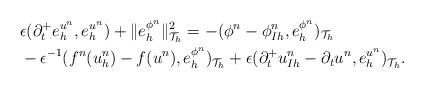
LaTeX: \begin{align*} &\epsilon (\partial_{t}^+e_h^{u^n},e_h^{u^n})+\|e_h^{\phi^n}\|^2_{\mathcal{T}_h}=-(\phi^n - \phi_{Ih}^n,e_h^{\phi^n})_{\mathcal{T}_h} \\&-\epsilon^{-1}(f^n(u_h^n)-f(u^n),e_h^{\phi^n})_{\mathcal{T}_h} +\epsilon (\partial_{t}^+u_{Ih}^n-\partial_tu^n,e_h^{u^n})_{\mathcal{T}_h}.\end{align*}